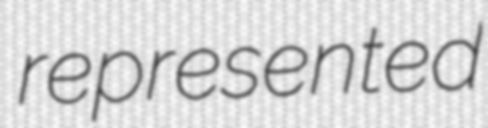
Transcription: represented